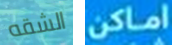
الشقه اماكن